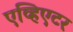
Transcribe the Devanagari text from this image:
एव्हिएटर